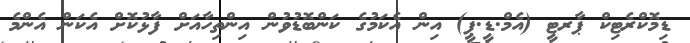
ޑިމޮކްރެޓިކް ޕާރޓީ (އެމް.ޑީ.ޕީ) އިން އެކަމުގެ ކަންބޮޑުވުން އިންތިހާއަށް ފާޅުކޮށް އެކަން އެންމެ